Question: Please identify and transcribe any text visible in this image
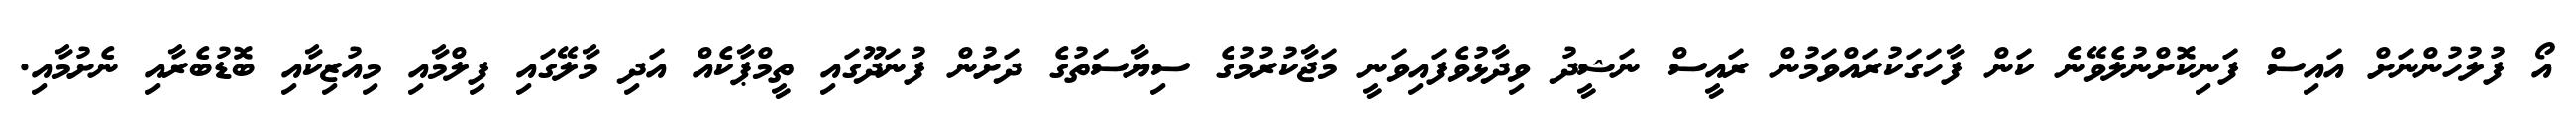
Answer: އޯ ފުލުހުންނަށް އައިސް ފަނިކޮށްނުލެވޭނެ ކަން ފާހަގަކުރައްވަމުން ރައީސް ނަޝީދު ވިދާޅުވެފައިވަނީ މަޖާކުރުމުގެ ސިޔާސަތުގެ ދަށުން ފުނަދޫގައި ތީމްޕާކެއް އަދި މާލޭގައި ފިލްމާއި މިއުޒިކާއި ބޮޑުބެރާއި ނެށުމާއި.